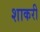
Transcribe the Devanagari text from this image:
शाकरी